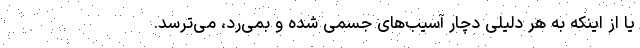
یا از اینکه به هر دلیلی دچار آسیب‌های جسمی شده و بمی‌رد، می‌ترسد.